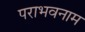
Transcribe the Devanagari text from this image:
पराभवनाम